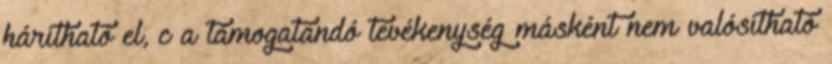
hárítható el, c a támogatandó tevékenység másként nem valósítható